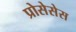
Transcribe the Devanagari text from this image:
प्रोसेसेस